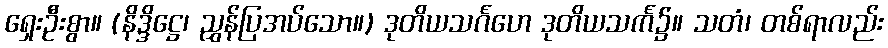
ရှေးဦးစွာ။ (နိဒ္ဒိဋ္ဌေ၊ ညွှန်ပြအပ်သော။) ဒုတိယသင်္ဂဟေ ဒုတိယသင်္က၌။ သတံ၊ တစ်ရာလည်း